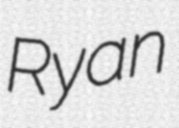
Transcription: Ryan